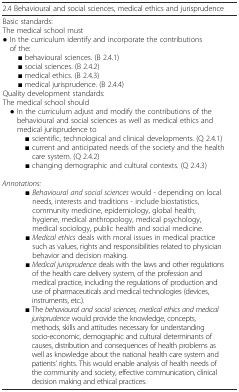
| 2.4 Behavioural and social sciences, medical ethics and jurisprudence |  |
 | --- | --- |
 | Basic standards:The medical school must● In the curriculum identify and incorporate the contributions of the: ■ behavioural sciences. (B 2.4.1) ■ social sciences. (B 2.4.2) ■ medical ethics. (B 2.4.3) ■ medical jurisprudence. (B 2.4.4)Quality development standards:The medical school should● In the curriculum adjust and modify the contributions of the behavioural and social sciences as well as medical ethics and medical jurisprudence to ■ scientific, technological and clinical developments. (Q 2.4.1) ■ current and anticipated needs of the society and the health care system. (Q 2.4.2) ■ changing demographic and cultural contexts. (Q 2.4.3)Annotations: ■ Behavioural and social sciences would - depending on local needs, interests and traditions - include biostatistics, community medicine, epidemiology, global health, hygiene, medical anthropology, medical psychology, medical sociology, public health and social medicine. ■ Medical ethics deals with moral issues in medical practice such as values, rights and responsibilities related to physician behavior and decision making. ■ Medical jurisprudence deals with the laws and other regulations of the health care delivery system, of the profession and medical practice, including the regulations of production and use of pharmaceuticals and medical technologies (devices, instruments, etc.). ■ The behavioural and social sciences, medical ethics and medical jurisprudence would provide the knowledge, concepts, methods, skills and attitudes necessary for understanding socio-economic, demographic and cultural determinants of causes, distribution and consequences of health problems as well as knowledge about the national health care system and patients’ rights. This would enable analysis of health needs of the community and society, effective communication, clinical decision making and ethical practices. |  |